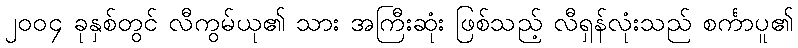
၂၀၀၄ ခုနှစ်တွင် လီကွမ်ယု၏ သား အကြီးဆုံး ဖြစ်သည့် လီရှန်လုံးသည် စင်္ကာပူ၏